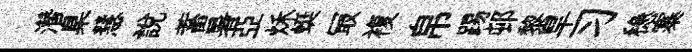
濳臬慧説蓄暑亞秌蜓冣複帛踢邨黎旱习稳寨